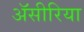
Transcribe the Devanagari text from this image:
ॲसीरिया